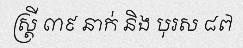
ស្ត្រី ៣៩ នាក់ និង បុរស ៨៧